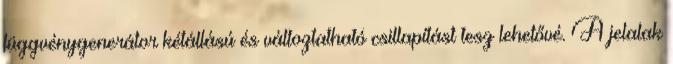
függvénygenerátor kétállású és változtatható csillapítást tesz lehetővé. A jelalak